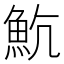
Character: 𩵸